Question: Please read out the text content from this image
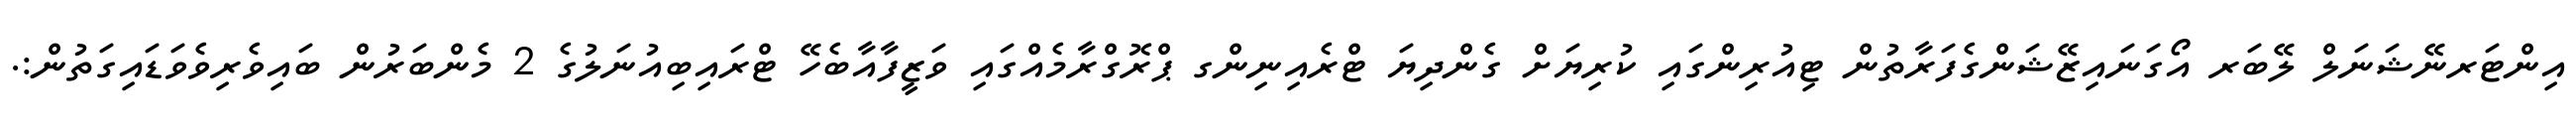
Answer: އިންޓަރނޭޝަނަލް ލޭބަރ އޯގަނައިޒޭޝަންގެފަރާތުން ޓިއުރިންގައި ކުރިޔަށް ގެންދިޔަ ޓްރެއިނިންގ ޕްރޮގްރާމެއްގައި ވަޒީފާއާބެހޭ ޓްރައިބިއުނަލުގެ 2 މެންބަރުން ބައިވެރިވެވަޑައިގަތުން:.